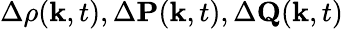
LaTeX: \Delta\rho({\mathbf k},t),\Delta{\mathbf P}({\mathbf k},t),\Delta{\mathbf Q}({\mathbf k},t)